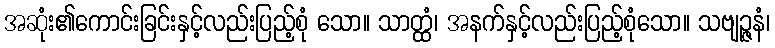
အဆုံး၏ကောင်းခြင်းနှင့်လည်းပြည့်စုံ သော။ သာတ္ထံ၊ အနက်နှင့်လည်းပြည့်စုံသော။ သဗျဉ္ဇနံ၊